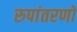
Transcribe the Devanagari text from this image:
रुपांतरणों